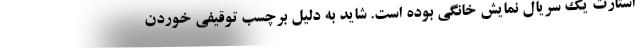
استارت یک سریال نمایش خانگی بوده است. شاید به دلیل برچسب توقیفی خوردن